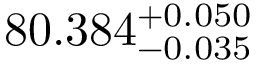
8 0 . 3 8 4 _ { - 0 . 0 3 5 } ^ { + 0 . 0 5 0 }